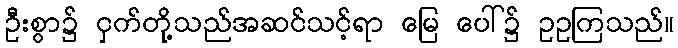
ဦးစွာ၌ ငှက်တို့သည်အဆင်သင့်ရာ မြေ ပေါ်၌ ဥဥကြသည်။